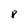
Character: 8